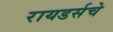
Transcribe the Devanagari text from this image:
रायडर्सचे